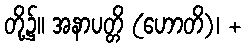
တို့၌။ အနာပတ္တိ (ဟောတိ)၊ +